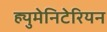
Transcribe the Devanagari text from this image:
ह्युमेनिटेरियन